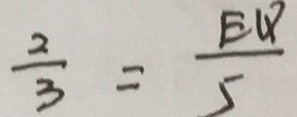
\frac { 2 } { 3 } = \frac { E Q } { 5 }